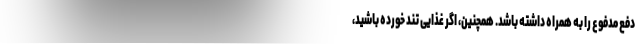
دفع مدفوع را به همراه داشته باشد. همچنین، اگر غذایی تند خورده باشید،